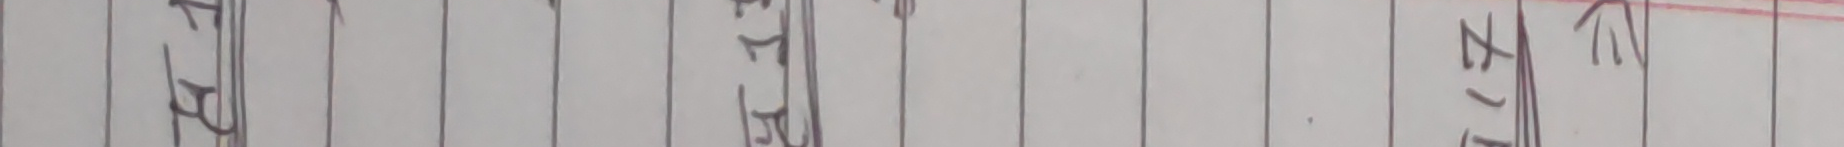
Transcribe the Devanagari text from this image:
झ वि